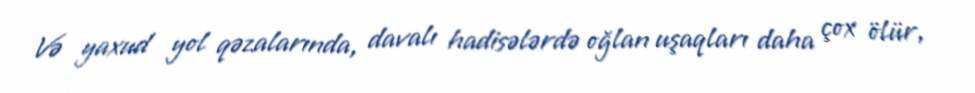
Və yaxud yol qəzalarında, davalı hadisələrdə oğlan uşaqları daha çox ölür,